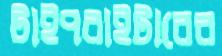
টাইপরাইটারের